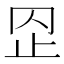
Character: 𣥙